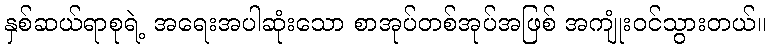
နှစ်ဆယ်ရာစုရဲ့ အရေးအပါဆုံးသော စာအုပ်တစ်အုပ်အဖြစ် အကျုံးဝင်သွားတယ်။